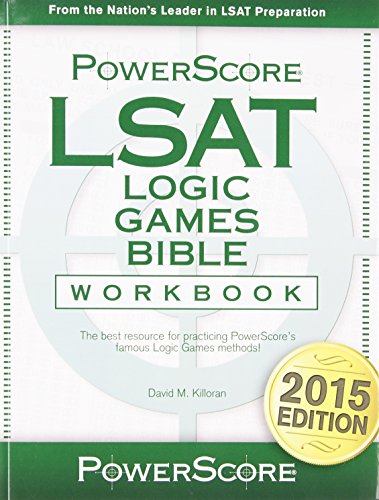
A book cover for The PowerScore LSAT Logic Games Bible Workbook; David M. Killoran; Test Preparation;